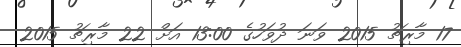
17 މާރިޗު 2015 ވަނަ ދުވަހުގެ 13:00 އަށް 22 މާރިޗު 2015